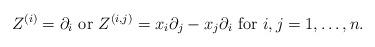
LaTeX: \begin{align*}Z^{(i)} =\partial_i \mbox{ or } Z^{(i,j)}= x_i \partial_j - x_j \partial_i \mbox{ for }i, j=1,\dots, n. \end{align*}